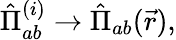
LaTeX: \hat{\Pi}_{ab}^{(i)}\to\hat{\Pi}_{ab}(\vec{r}),